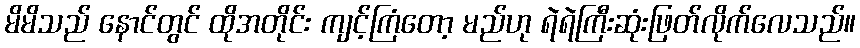
မိမိသည် နောင်တွင် ထိုအတိုင်း ကျင့်ကြံတော့ မည်ဟု ရဲရဲကြီးဆုံးဖြတ်လိုက်လေသည်။